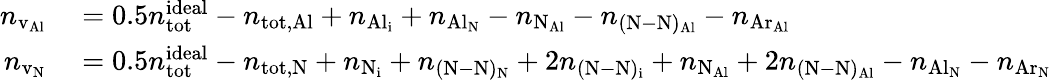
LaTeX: \begin{array}{rl}{n_{\mathrm{v_{Al}}}}&{{}=0.5n_{\mathrm{tot}}^{\mathrm{ideal}}-n_{\mathrm{tot,Al}}+n_{\mathrm{Al_{i}}}+n_{\mathrm{Al_{N}}}-n_{\mathrm{N_{Al}}}-n_{\mathrm{(N-N)_{Al}}}-n_{\mathrm{Ar_{Al}}}}\\ {n_{\mathrm{v_{N}}}}&{{}=0.5n_{\mathrm{tot}}^{\mathrm{ideal}}-n_{\mathrm{tot,N}}+n_{\mathrm{N_{i}}}+n_{\mathrm{(N-N)_{N}}}+2n_{\mathrm{(N-N)_{i}}}+n_{\mathrm{N_{Al}}}+2n_{\mathrm{(N-N)_{Al}}}-n_{\mathrm{Al_{N}}}-n_{\mathrm{Ar_{N}}}}\end{array}